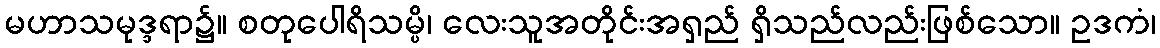
မဟာသမုဒ္ဒရာ၌။ စတုပေါရိသမ္ပိ၊ လေးသူအတိုင်းအရှည် ရှိသည်လည်းဖြစ်သော။ ဥဒကံ၊